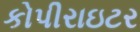
કોપીરાઇટર